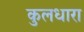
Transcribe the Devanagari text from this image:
कुलधारा